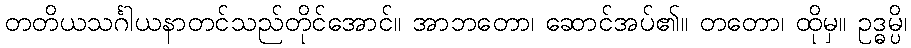
တတိယသင်္ဂါယနာတင်သည်တိုင်အောင်။ အာဘတော၊ ဆောင်အပ်၏။ တတော၊ ထိုမှ။ ဥဒ္ဓမ္ပိ၊